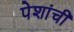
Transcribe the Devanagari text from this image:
पेशांची